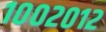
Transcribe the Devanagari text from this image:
१००२०१२